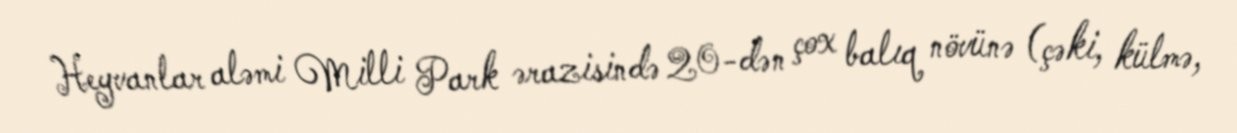
Heyvanlar aləmi Milli Park ərazisində 20-dən çox balıq növünə (çəki, külmə,